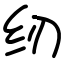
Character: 纫